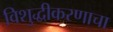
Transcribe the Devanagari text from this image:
विशुद्धीकरणाचा